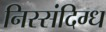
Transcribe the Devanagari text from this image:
निस्संदिग्ध